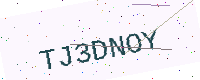
Text: TJ3DNOY